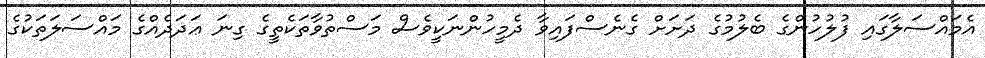
އެމައްސަލާގައި ފުލުހުންގެ ބެލުމުގެ ދަށަށް ގެނެސްފައިވާ ދެމީހުންނަކީވެސް މަސްތުވާތަކެތީގެ ގިނަ ޢަދަދެއްގެ މައްސަލަތަކުގެ